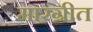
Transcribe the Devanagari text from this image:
मारग्रीत